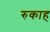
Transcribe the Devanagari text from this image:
रुकाह